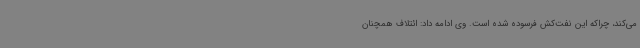
می‌کند، چراکه این نفت‌کش فرسوده شده است. وی ادامه داد: ائتلاف همچنان